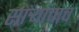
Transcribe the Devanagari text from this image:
साऱ्यांचाच